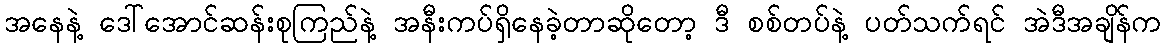
အနေနဲ့ ဒေါ်အောင်ဆန်းစုကြည်နဲ့ အနီးကပ်ရှိနေခဲ့တာဆိုတော့ ဒီ စစ်တပ်နဲ့ ပတ်သက်ရင် အဲဒီအချိန်က